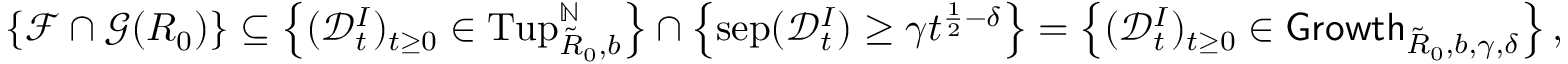
\{ \mathcal F \cap \mathcal G ( R _ { 0 } ) \} \subseteq \left\{ ( \mathscr { D } _ { t } ^ { I } ) _ { t \geq 0 } \in \mathrm { T u p } _ { \tilde { R } _ { 0 } , b } ^ { \mathbb { N } } \right\} \cap \left\{ \mathrm { s e p } ( \mathscr { D } _ { t } ^ { I } ) \geq \gamma t ^ { \frac 1 2 - \delta } \right\} = \left\{ ( \mathscr { D } _ { t } ^ { I } ) _ { t \geq 0 } \in \mathsf { G r o w t h } _ { \tilde { R } _ { 0 } , b , \gamma , \delta } \right\} ,